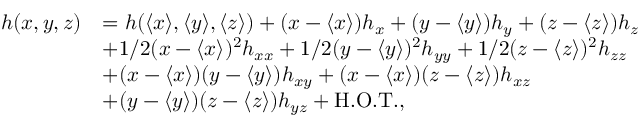
\begin{array} { r l } { h ( x , y , z ) } & { = h ( \langle x \rangle , \langle y \rangle , \langle z \rangle ) + ( x - \langle x \rangle ) h _ { x } + ( y - \langle y \rangle ) h _ { y } + ( z - \langle z \rangle ) h _ { z } } \\ & { + 1 / 2 ( x - \langle x \rangle ) ^ { 2 } h _ { x x } + 1 / 2 ( y - \langle y \rangle ) ^ { 2 } h _ { y y } + 1 / 2 ( z - \langle z \rangle ) ^ { 2 } h _ { z z } } \\ & { + ( x - \langle x \rangle ) ( y - \langle y \rangle ) h _ { x y } + ( x - \langle x \rangle ) ( z - \langle z \rangle ) h _ { x z } } \\ & { + ( y - \langle y \rangle ) ( z - \langle z \rangle ) h _ { y z } + \mathrm { H . O . T . } , } \end{array}